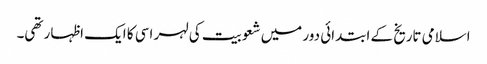
اسلامی تاریخ کے ابتدائی دور میں شعوبیت کی لہر اسی کا ایک اظہار تھی۔